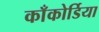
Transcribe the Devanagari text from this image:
काँकोर्डिया